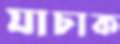
যাচাক